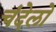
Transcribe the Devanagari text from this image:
चंदेलो